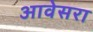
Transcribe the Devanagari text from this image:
आवेसरा